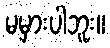
မမှားပါဘူး။